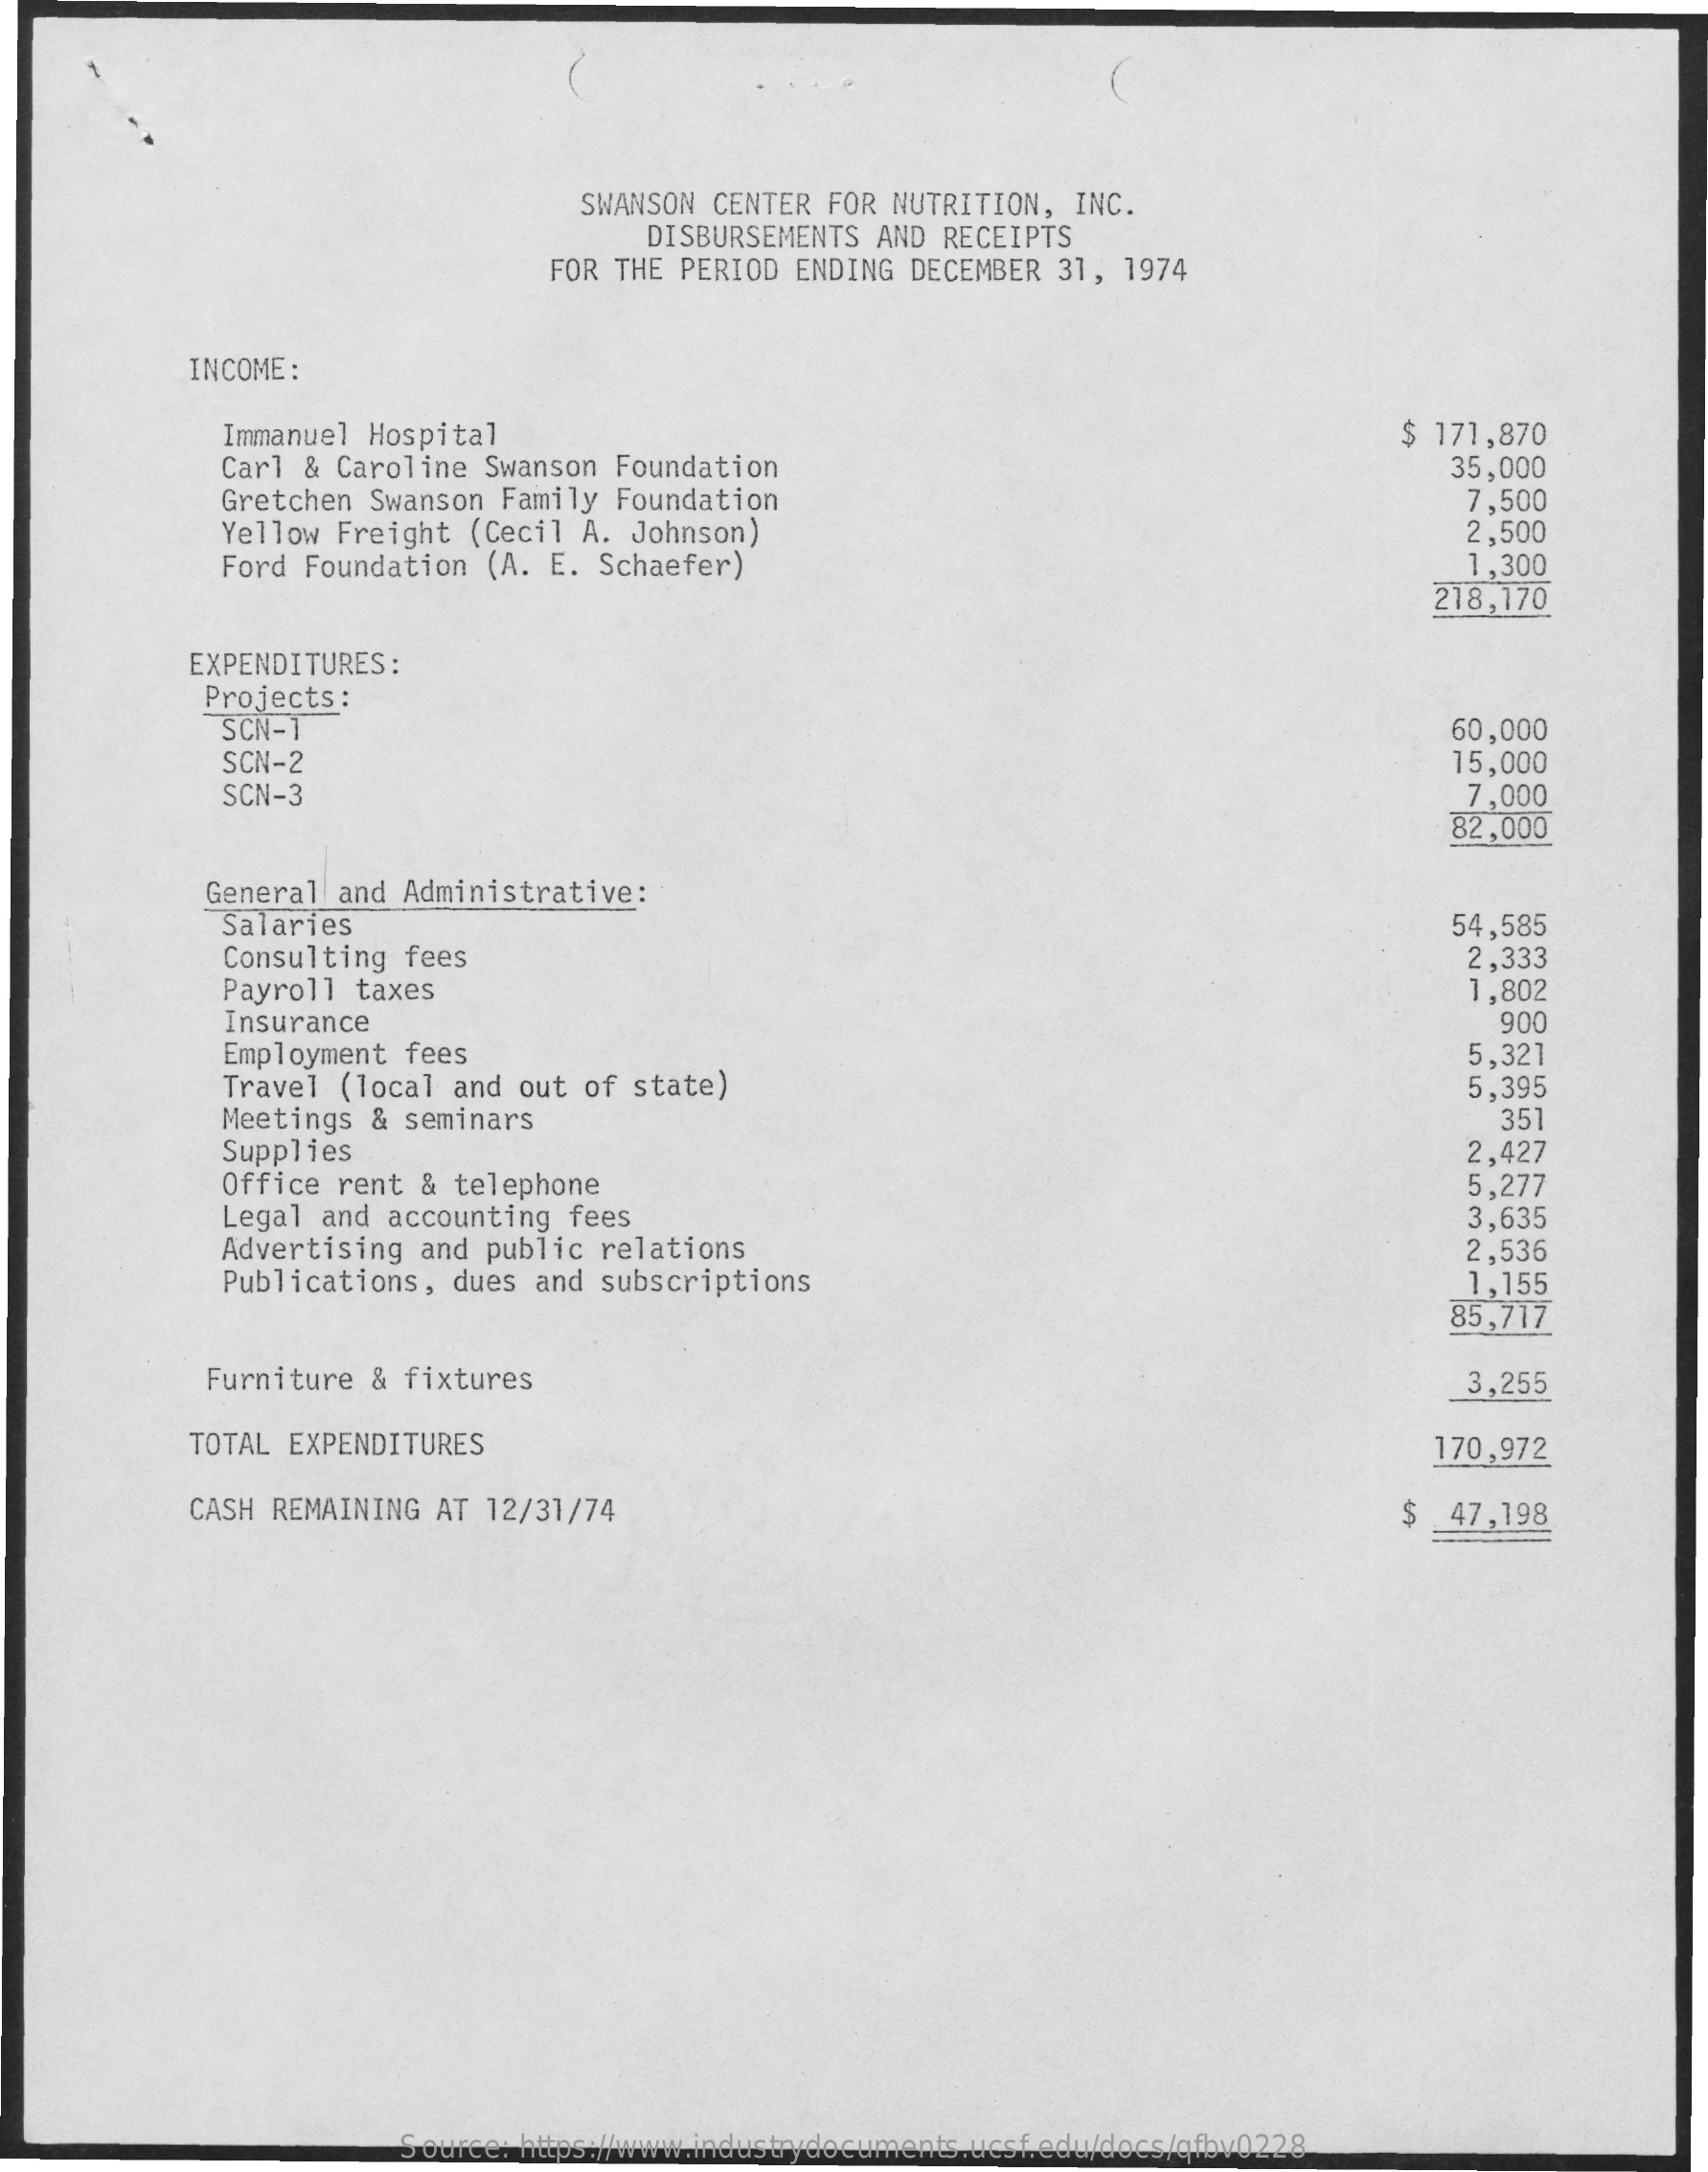
SWANSON CENTER  FOR NUTRITION,  INC.
     DISBURSEMENTS  AND  RECEIPTS
     FOR THE PERIOD  ENDING DECEMBER  31, 1974
     INCOME:
     Immanuel Hospital
     Carl & Caroline  Swanson Foundation
     $ 171,870
     35,000
     Gretchen Swanson  Family Foundation    7,500
     Yellow Freight  (Cecil A. Johnson)
     Ford Foundation  (A. E. Schaefer)
     2,500
     1,300
     218,170
     EXPENDITURES :
     Projects:
     SCN-1    60,000
     SCN-2    15,000
     SCN-3    7,000
     82,000
     General and Administrative:
     Salaries
     Consulting fees
     54,585
     Payroll taxes
     2,333
     Insurance
     1,802
     Employment  fees
     900
     Travel (local  and out of state)
     5,321
     Meetings & seminars
     5,395
     351
     Supplies
     Office rent &  telephone
     2,427
     5,277
     Legal and accounting  fees
     Advertising and  public relations
     3,635
     Publications,  dues and subscriptions
     2,536
     1,155
     85,717
     Furniture & fixtures    3,255
     TOTAL EXPENDITURES    170,972
     CASH REMAINING AT  12/31/74    $  47,198
     Source: https://www.industrydocuments.ucsf.edu/docs/qfbv0228